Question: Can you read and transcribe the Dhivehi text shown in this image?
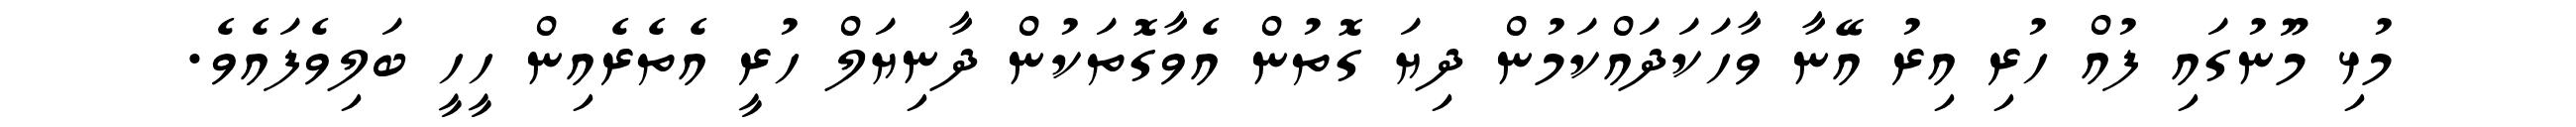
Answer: މުޅި މޫނުގައި ފުއް ހުރި އިރު އޭނާ ވާހަކަދައްކަމުން ދިޔަ ގޮތުން އެވާގޮތަކުން ދާނިޔަލް ހުރީ އެތެރެއިން ހީހީ ބަލިވެފައެވެ.